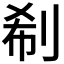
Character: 𠜗